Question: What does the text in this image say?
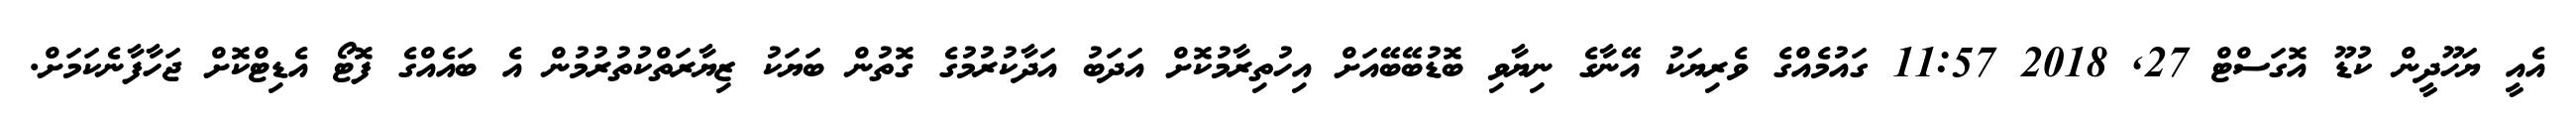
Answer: އެއީ ޔަހޫދީން ކުޑޫ އޮގަސްޓް 27, 2018 11:57 ގައުމެއްގެ ވެރިޔަކު އޭނާގެ ނިޔާވި ބޮޑުބޭބޭއަށް އިހުތިރާމުކޮށް އަދަބު އަދާކުރުމުގެ ގޮތުން ބަޔަކު ޒިޔާރަތްކުތުރުމުން އެ ބައެއްގެ ފޮޓޯ އެޑިޓްކޮށް ޖަހާފާނެކަމަށް.